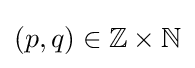
(p,q)\in \mathbb {Z} \times \mathbb {N}